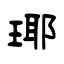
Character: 瑘